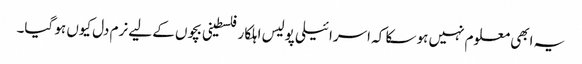
یہ ابھی معلوم نہیں ہو سکا کہ اسرائیلی پولیس اہلکار فلسطینی بچوں کے لیے نرم دل کیوں ہو گیا۔